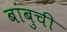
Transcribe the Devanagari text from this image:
बांबुची